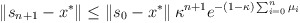
\begin{align*}\left\Vert s_{n+1}-x^{\ast }\right\Vert \leq \left\Vert s_{0}-x^{\ast}\right\Vert \kappa^{n+1}e^{-\left( 1-\kappa\right) \sum_{i=0}^{n}\mu_{i}} \end{align*}